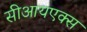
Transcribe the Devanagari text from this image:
सीआयएक्स